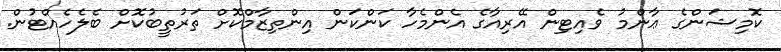
ކޮމިޝަންގެ ޢާންމު ވެއިޓިން އޭރިއާގެ އެންމެހާ ކަންކަން އިންތިޒާމްކޮށް ތަރުތީބުކޮށް ބެލެހެއްޓުން.